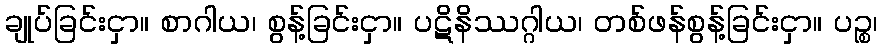
ချုပ်ခြင်းငှာ။ စာဂါယ၊ စွန့်ခြင်းငှာ။ ပဋိနိဿဂ္ဂါယ၊ တစ်ဖန်စွန့်ခြင်းငှာ။ ပဉ္စ၊